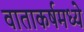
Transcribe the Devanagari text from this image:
वाताकर्षमध्ये